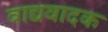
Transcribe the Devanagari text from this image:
वाद्यवादक